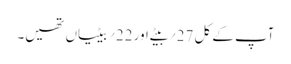
آپ کے کل 27؍بیٹے اور 22؍بیٹیاں تھیں۔